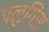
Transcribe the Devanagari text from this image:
प्लुगिंस